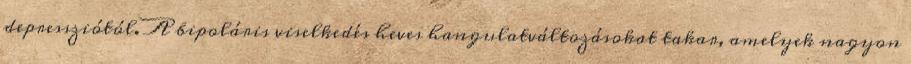
depressziótól. A bipoláris viselkedés heves hangulatváltozásokat takar, amelyek nagyon